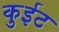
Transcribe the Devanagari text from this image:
कुईट